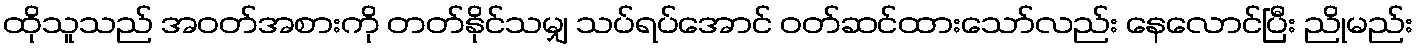
ထိုသူသည် အဝတ်အစားကို တတ်နိုင်သမျှ သပ်ရပ်အောင် ဝတ်ဆင်ထားသော်လည်း နေလောင်ပြီး ညိုမည်း